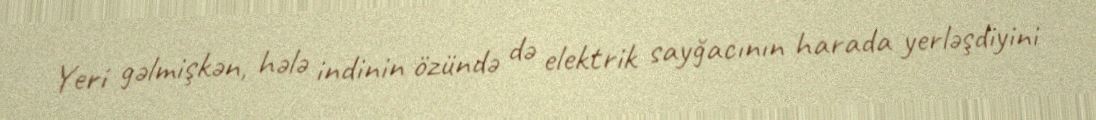
Yeri gəlmişkən, hələ indinin özündə də elektrik sayğacının harada yerləşdiyini